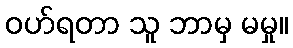
ဝဟ်ရတာ သူ ဘာမှ မမှု။